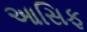
આસિફ